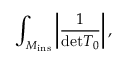
\int _ { { \cal M } _ { \mathrm { i n s } } } \left\vert \frac { 1 } { \mathrm { d e t } T _ { 0 } } \right\vert ,